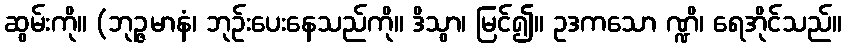
ဆွမ်းကို။ (ဘုဉ္ဇမာနံ၊ ဘုဉ်းပေးနေသည်ကို။ ဒိသွာ၊ မြင်၍။ ဥဒကသော ဏ္ဍိ၊ ရေအိုင်သည်။